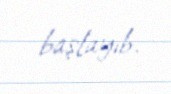
başlayıb.